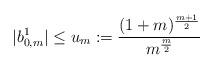
LaTeX: \begin{align*}|b_{0,m}^1|\leq u_m:=\frac{(1+m)^{\frac{m+1}{2}}}{m^{\frac{m}{2}}}\end{align*}